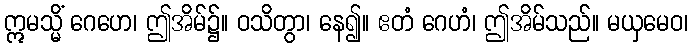
ဣမသ္မိံ ဂေဟေ၊ ဤအိမ်၌။ ဝသိတွာ၊ နေ၍။ ဧတံ ဂေဟံ၊ ဤအိမ်သည်။ မယှမေဝ၊